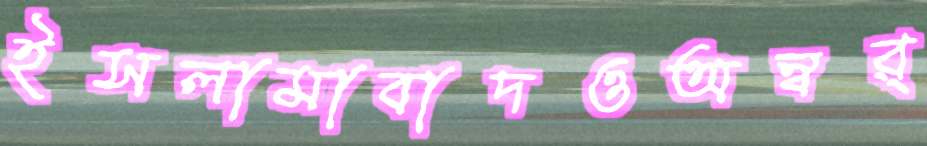
ইসলামাবাদওঅন্বর্